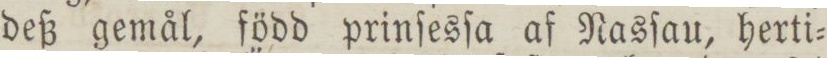
deß gemål, född prinſesſa af Nasſau, herti=